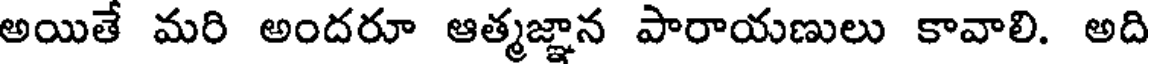
అయితే మరి అందరూ ఆత్మజ్ఞాన పారాయణులు కావాలి. అది